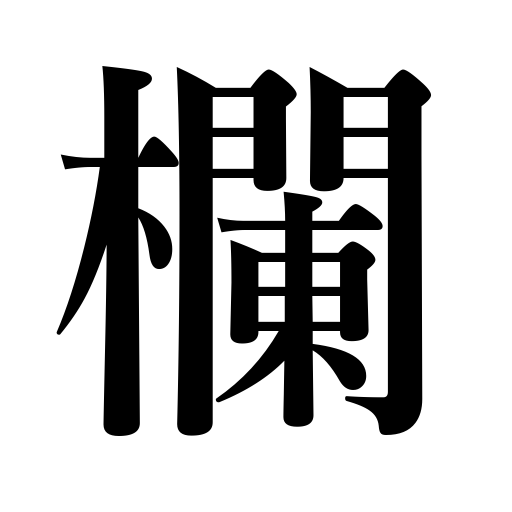
Meanings: railing,space,blank,column in a newspaper